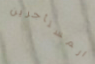
المستأجرين